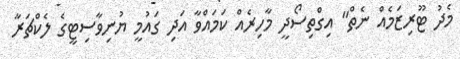
މެދު ޓޫރިޒަމެއް ނެތް" އިގްތިސޯދީ މާހިރެއް ކަމައްވާ އަދި ގައުމީ ޔުނިވާސިޓީގެ ލެކްޗަރާ